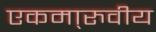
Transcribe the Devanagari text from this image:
एकमा्रुवीय